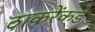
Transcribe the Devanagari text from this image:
ठाकरेंकडे